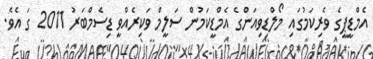
އެމްޑީޕީގެ ވެރިކަމުގައި މޯލްޑިވިއަންގެ އެމްޑީކަމުން ސަލީމް ވަކިރެއްވީ ޑިސެމްބަރު 2011 ގަ އެވެ.